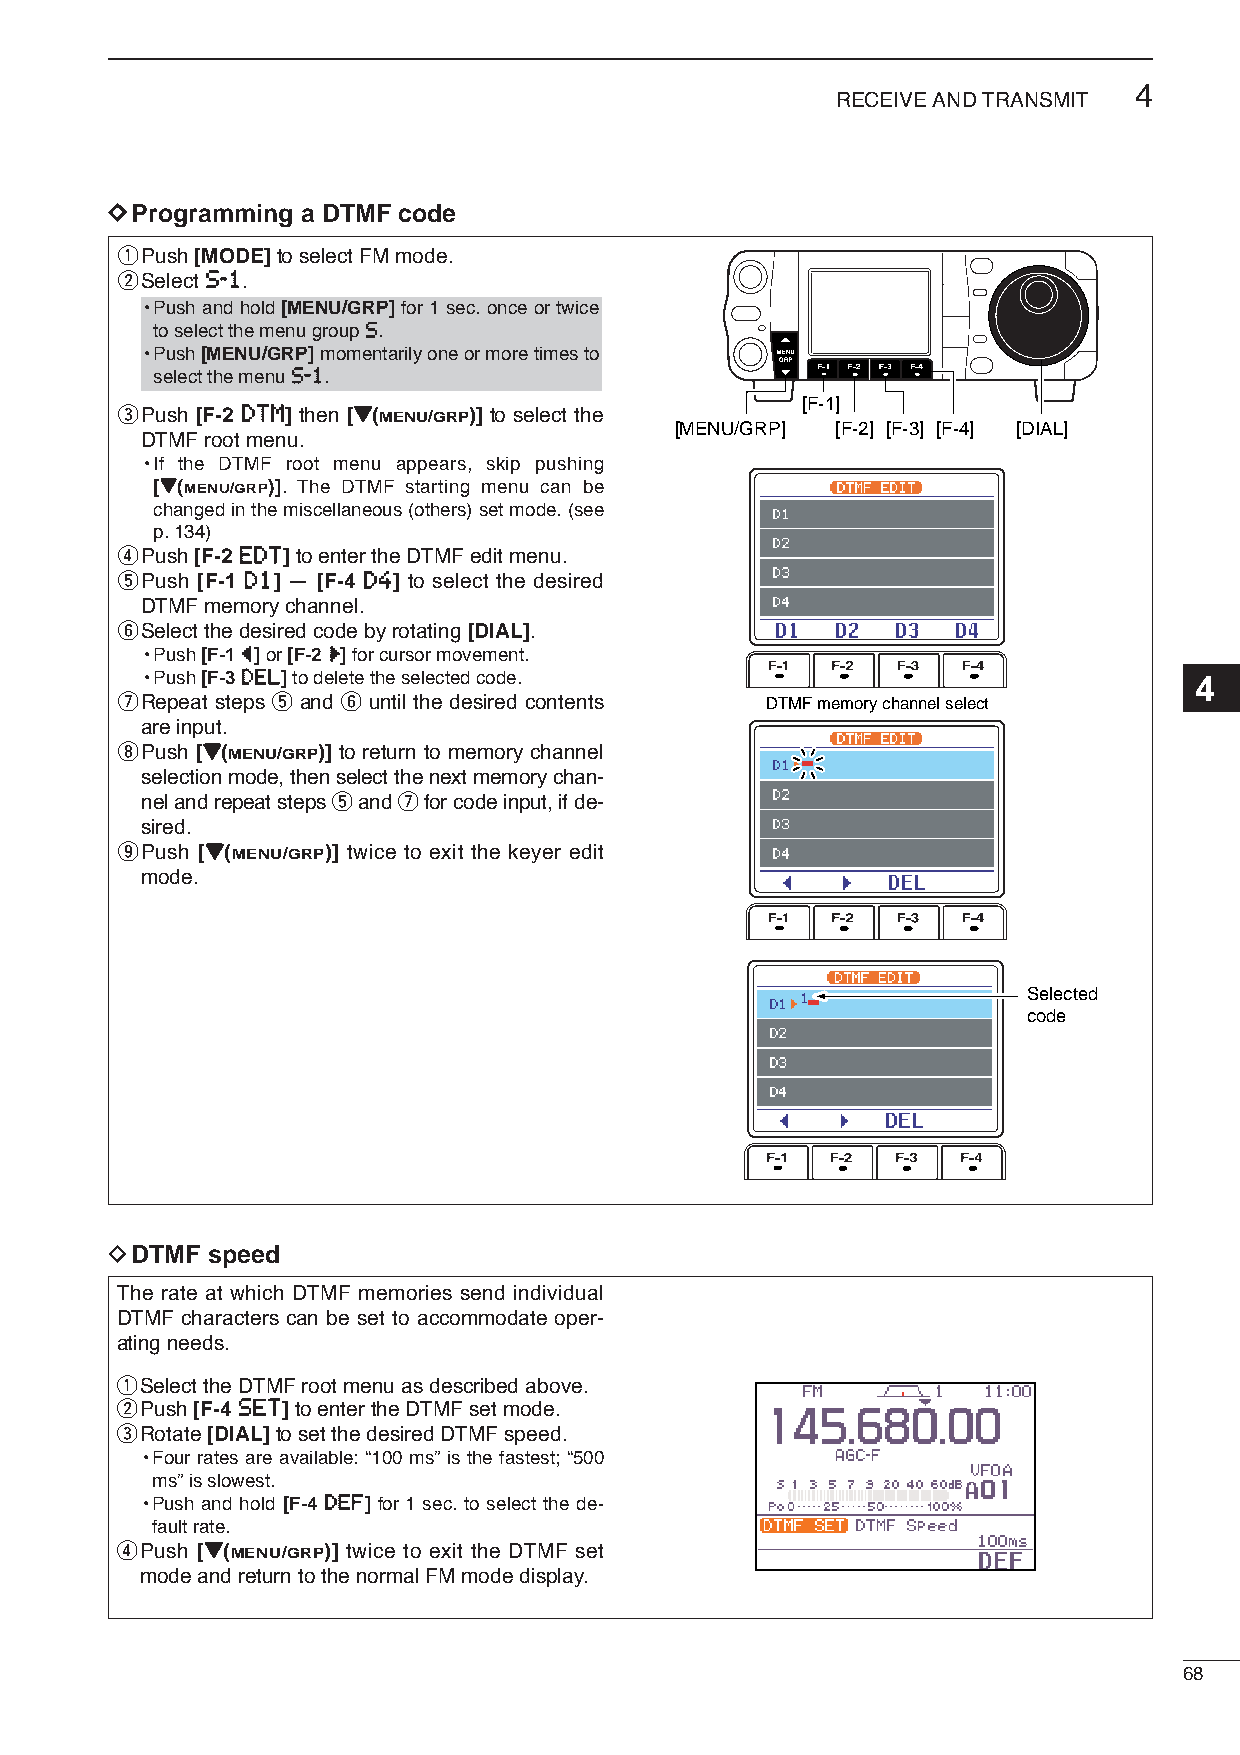
4
 RECEIVE AND TRANSMIT
 DDProgramming a DTMF code
 qPush [MODE]to select FM mode.
 wSelect SS--11.
 •Push and hold [MENU/GRP] for 1 sec. once or twice
 to select the menu group SS.
 •Push [MENU/GRP]momentarily one or more times to
 select the menu SS--11.
 ePush [F-2 DDTTMM] then [ZZ(MENU/GRP)] to select the [F-1]
 [MENU/GRP] [F-2] [F-3] [F-4] [DIAL]
 DTMF root menu.
 •If the DTMF root menu appears, skip pushing
 [ZZ(MENU/GRP)]. The DTMF starting menu can be
 changed in the miscellaneous (others) set mode. (see
 p. 134)
 rPush [F-2 EEDDTT]to enter the DTMF edit menu.
 tPush [F-1 DD11] — [F-4 DD44] to select the desired
 DTMF memory channel.
 ySelect the desired code by rotating [DIAL].
 •Push [F-1 ÅÅ]or [F-2 ÇÇ]for cursor movement.
 •Push [F-3 DDEELL]to delete the selected code.                       4
 uRepeat steps t and y until the desired contents DTMF memory channel select
 are input.
 iPush [ZZ(MENU/GRP)] to return to memory channel
 selection mode, then select the next memory chan-
 nel and repeat steps tand ufor code input, if de-
 sired.
 oPush [ZZ(MENU/GRP)] twice to exit the keyer edit
 mode.
 Selected
 code
 DDTMF  speed
 The rate at which DTMF memories send individual
 DTMF characters can be set to accommodate oper-
 ating needs.
 qSelect the DTMF root menu as described above.
 wPush [F-4 SSEETT]to enterthe DTMF set mode.
 eRotate [DIAL]to set the desired DTMF speed.
 •Four rates are available: “100 ms” is the fastest; “500
 ms” is slowest.
 •Push and hold [F-4 DDEEFF] for 1 sec. to select the de-
 fault rate.
 rPush [ZZ(MENU/GRP)] twice to exit the DTMF set
 mode and return to the normal FM mode display.
 68